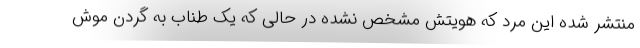
منتشر شده این مرد که هویتش مشخص نشده در حالی که یک طناب به گردن موش